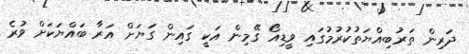
ދަރިން ތަރުބިއްޔަތުކުރުމުގައި ވީޑިއޯ ގޭމިން އަކީ ގައިން ގަޔަށް އަރާ ބައްޔަކަށް ވުރެ